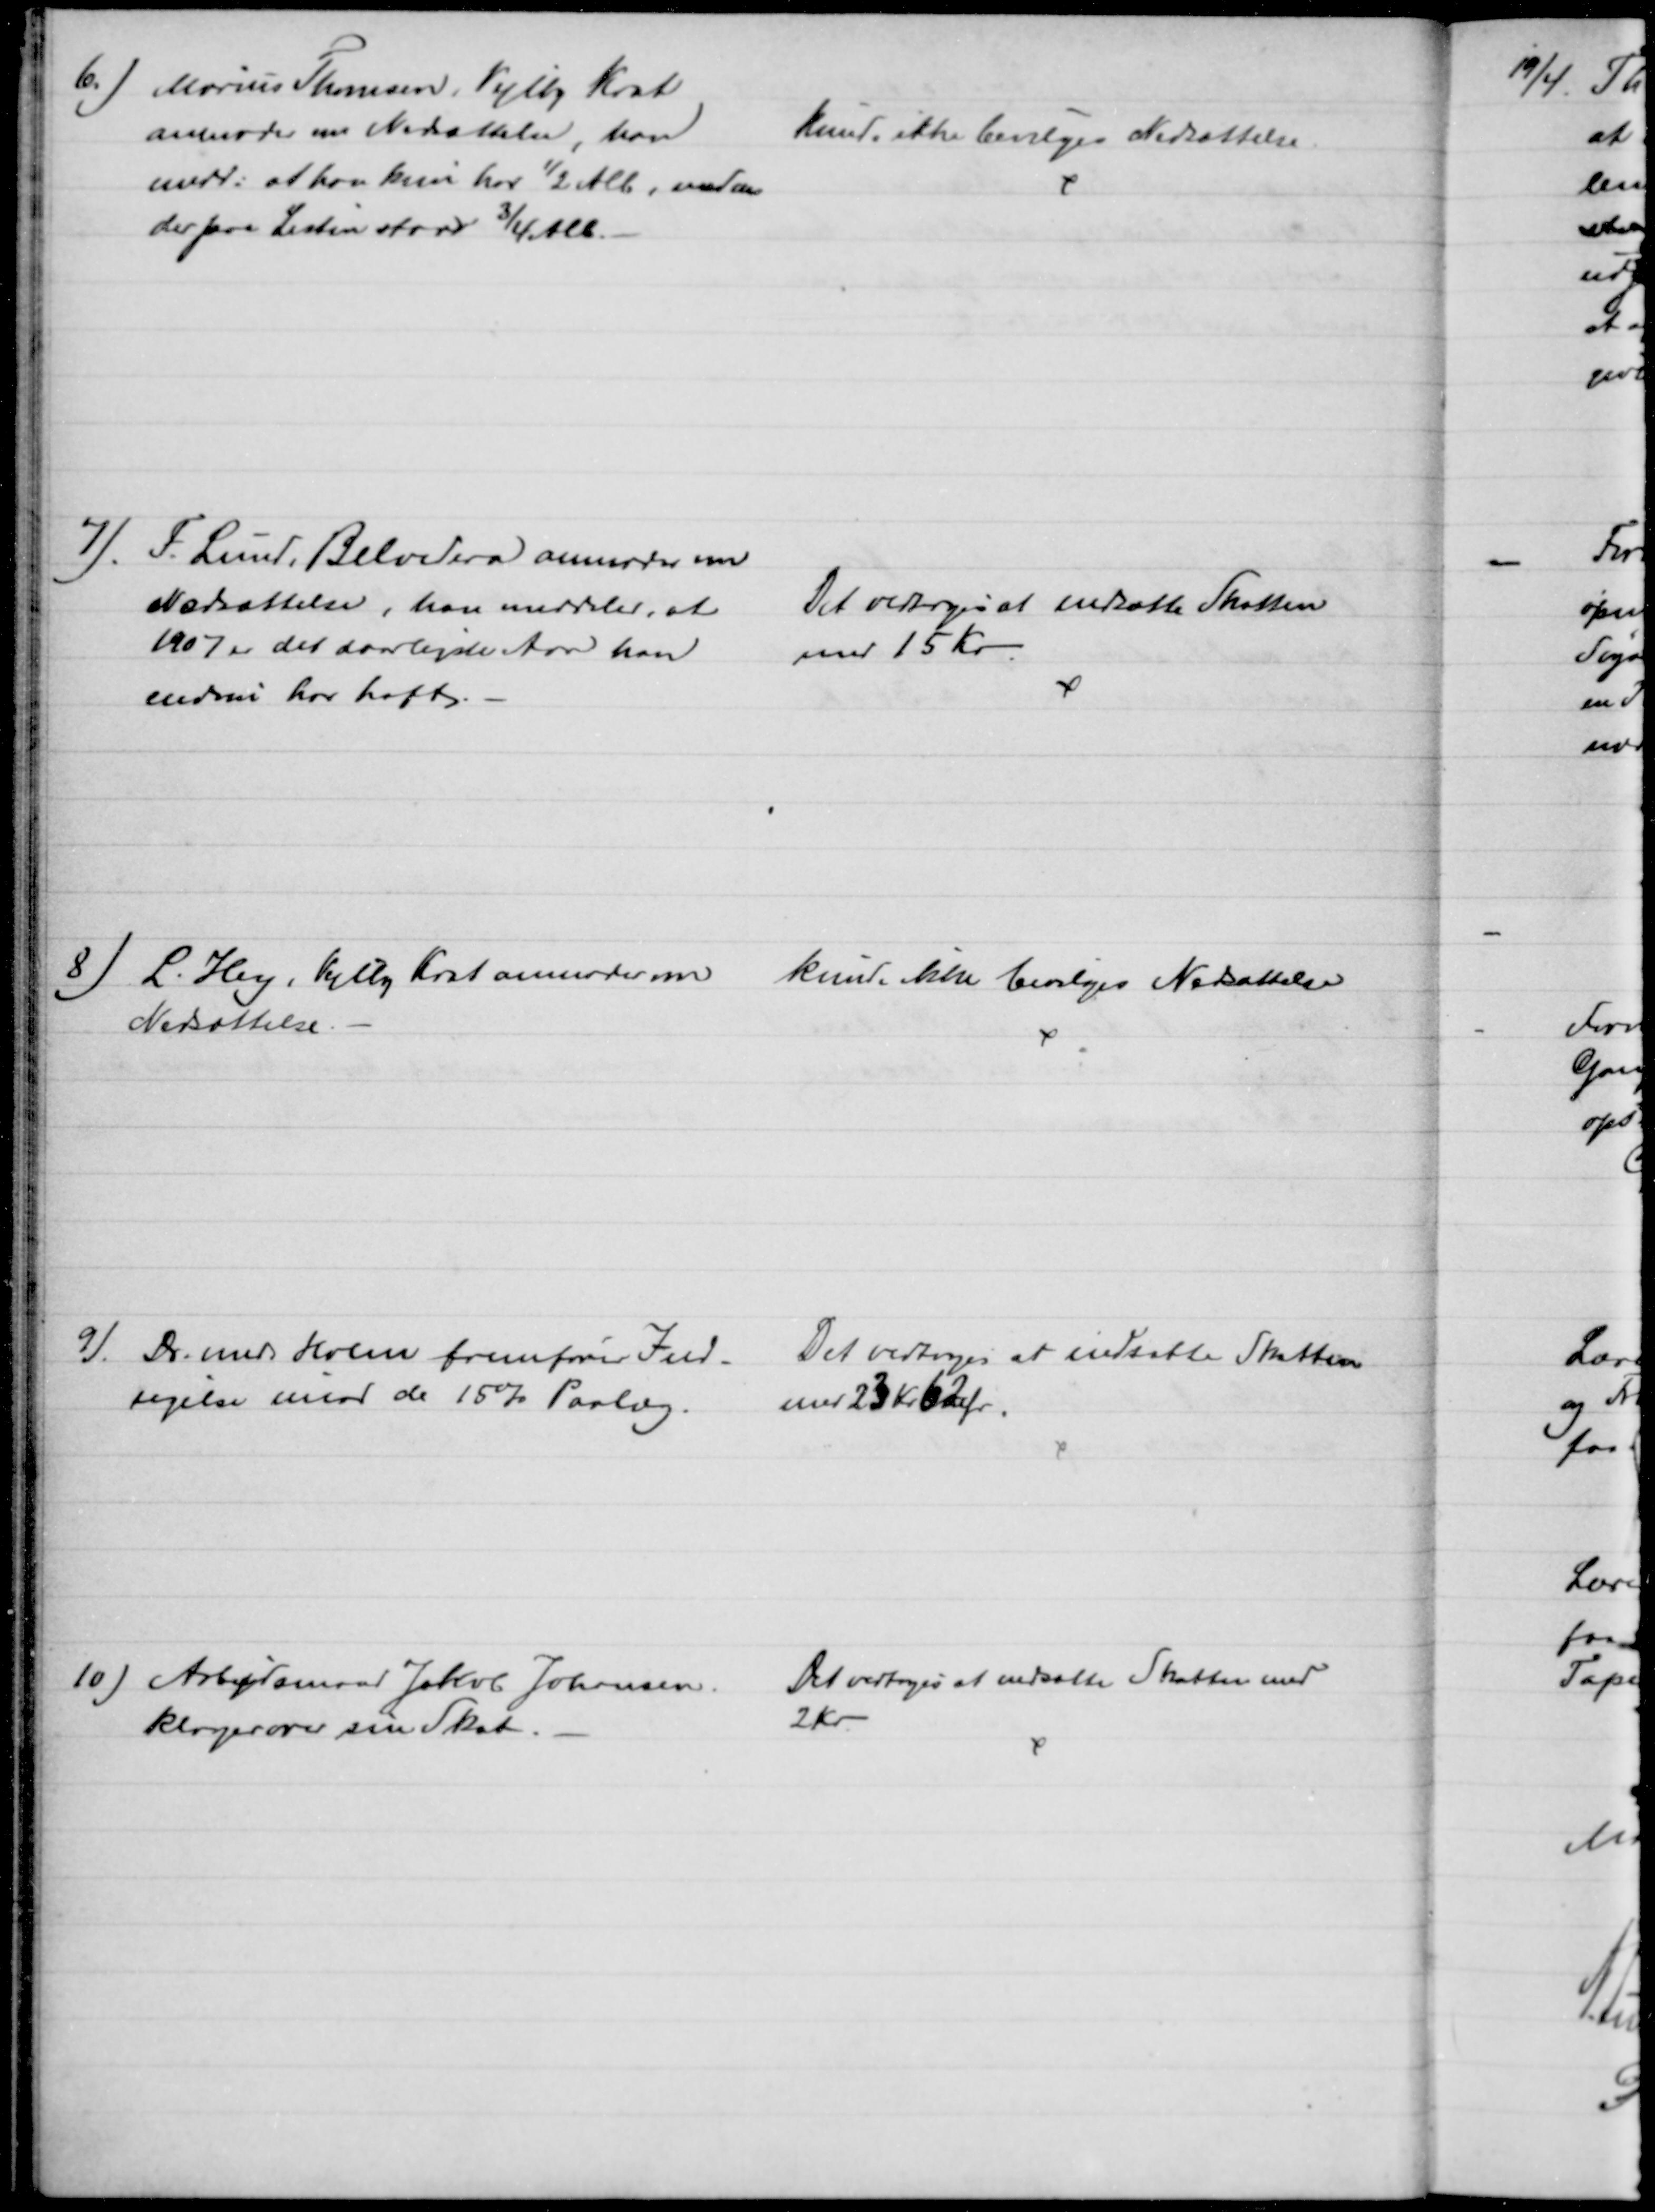
Transskription:
6.) Marius Thomsen, Vejlby Krat
anmoder om Nedsættelse, han
medd: at han kun har ½ Alb. medens
der paa Listen staar ¾ Alb.
kunde ikke bevilges Nedsættelse
7). F. Lund, Belvedera anmoder om
Nedsættelse, han meddeler, at
1907 er det daarligste Aar han
endnu har haft.
Det vedtoges at nedsætte Skatten
med 15 Kr.
8) L. Hey, Vejlby Krat anmoder om
Nedsættelse.
kunde ikke bevilges Nedsættelse
9). Dr. med Holm fremfører Ind-
sigelse imod de 15% Paalæg.
Det vedtoges at nedsatte Skatten
med 23 Kr 62 Ør
10) Arbejdsmand Jakob Johansen.
klager over sin Skat.
Det vedtoges at nedsætte Skatten med
2 Kr.